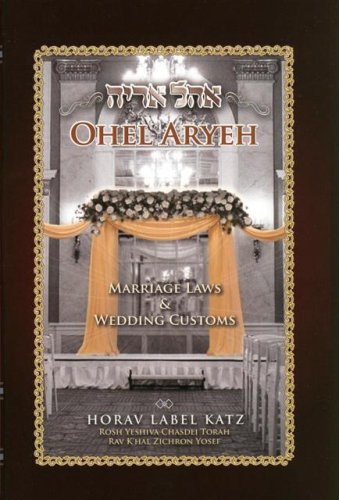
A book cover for Ohel Aryeh; Marriage Laws & Wedding Customs; Horav Label Katz; Law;